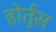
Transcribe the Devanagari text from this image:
होर्तुस